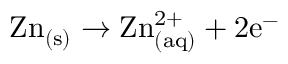
\mathrm { Z n _ { ( s ) } \rightarrow Z n _ { ( a q ) } ^ { 2 + } + 2 e ^ { - } \ }